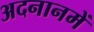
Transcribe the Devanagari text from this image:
अदनानमें